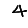
Digit: 4